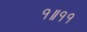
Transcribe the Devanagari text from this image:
१॥११